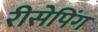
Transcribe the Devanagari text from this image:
रीसेपिंग